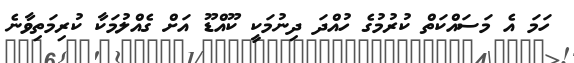
ހަމަ އެ މަސައްކަތް ކުރުމުގެ ހުއްދަ ދިނުމަކީ ކޫއްޑޫ އަށް ގެއްލުމަކާ ކުރިމަތިވާނެ